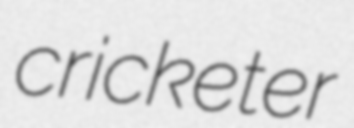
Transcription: cricketer